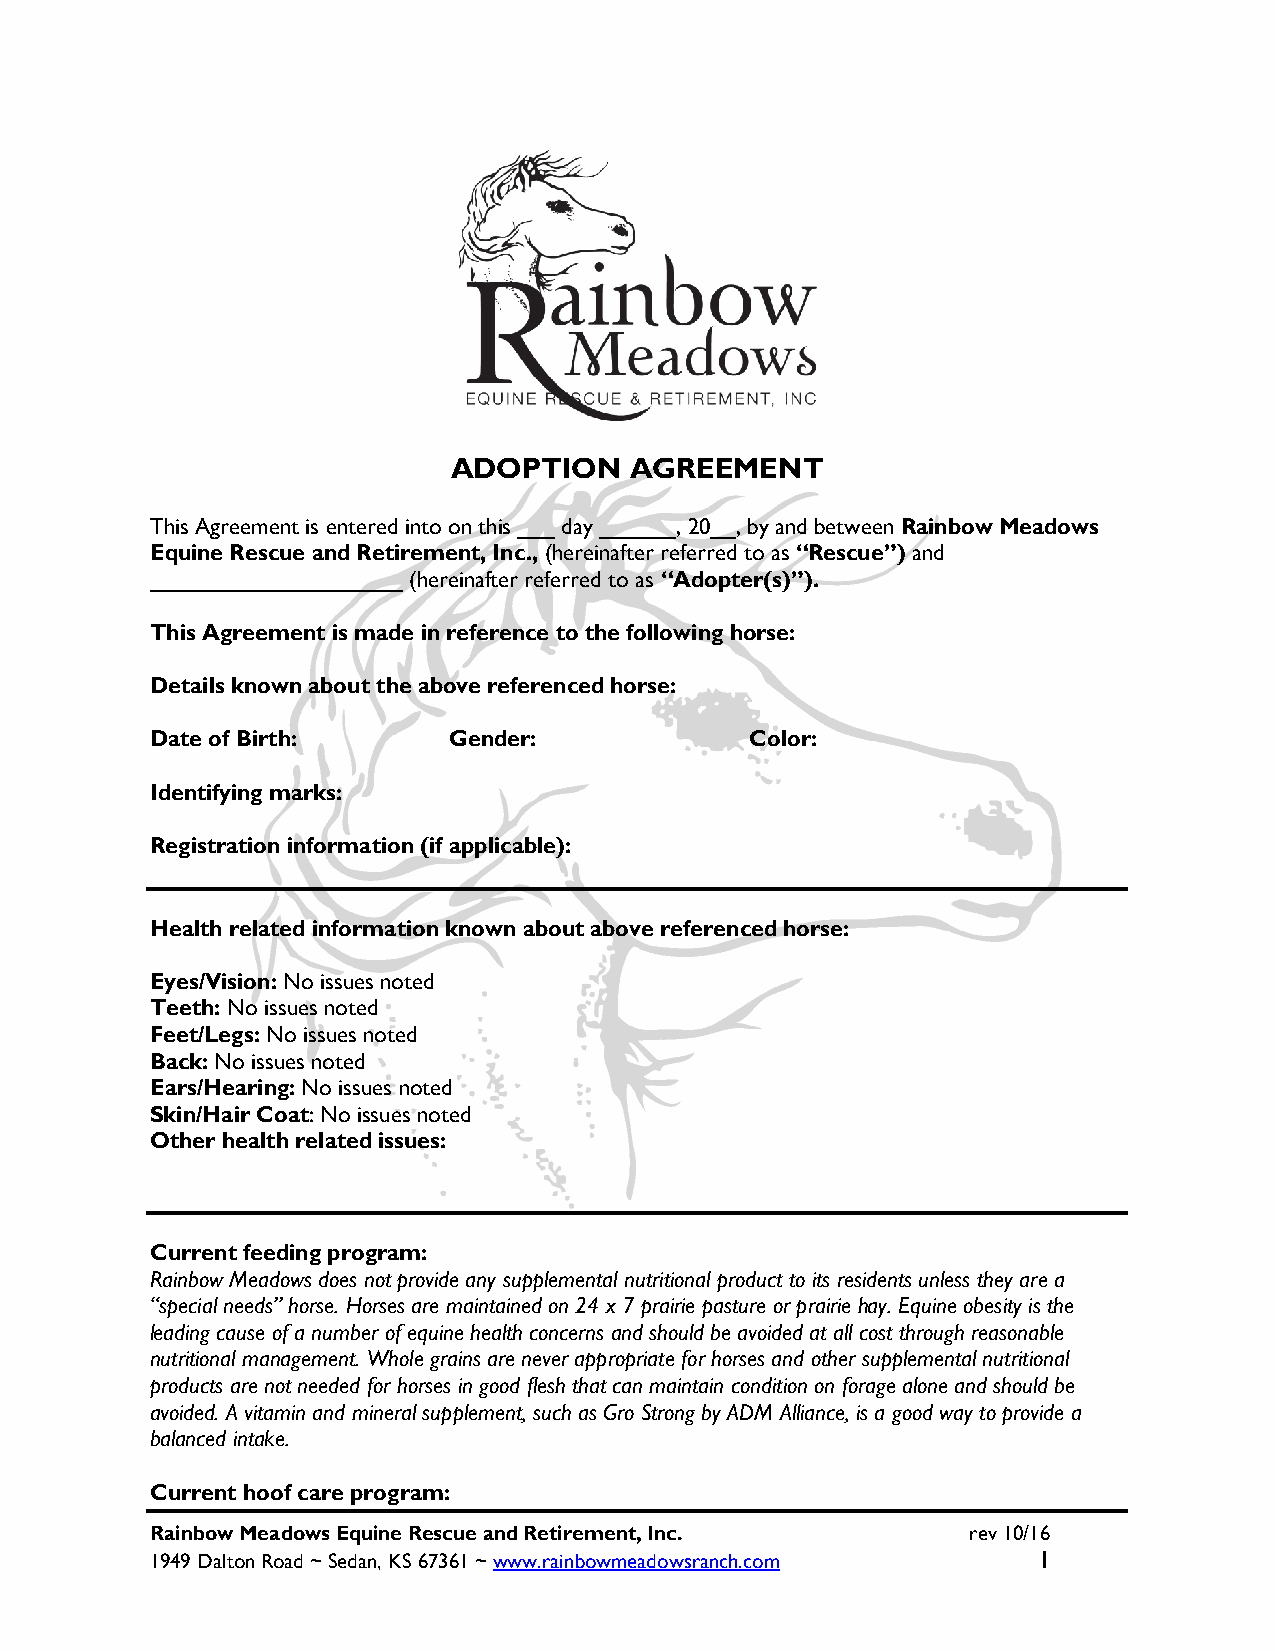
ADOPTION    AGREEMENT
 This Agreement is entered into on this ___ day ______, 20__, by and between Rainbow Meadows
 Equine Rescue and Retirement, Inc., (hereinafter referred to as “Rescue”) and
 ____________________ (hereinafter referred to as “Adopter(s)”).
 This Agreement is made in reference to the following horse:
 Details known about the above referenced horse:
 Date of Birth:      Gender:             Color:
 Identifying marks:
 Registration information (if applicable):
 Health related information known about above referenced horse:
 Eyes/Vision: No issues noted
 Teeth: No issues noted
 Feet/Legs: No issues noted
 Back: No issues noted
 Ears/Hearing: No issues noted
 Skin/Hair Coat: No issues noted
 Other health related issues:
 Current feeding program:
 Rainbow Meadows does not provide any supplemental nutritional product to its residents unless they are a
 “special needs” horse. Horses are maintained on 24 x 7 prairie pasture or prairie hay. Equine obesity is the
 leading cause of a number of equine health concerns and should be avoided at all cost through reasonable
 nutritional management. Whole grains are never appropriate for horses and other supplemental nutritional
 products are not needed for horses in good flesh that can maintain condition on forage alone and should be
 avoided. A vitamin and mineral supplement, such as Gro Strong by ADM Alliance, is a good way to provide a
 balanced intake.
 Current hoof care program:
 Rainbow Meadows Equine Rescue and Retirement, Inc.    rev 10/16
 1949 Dalton Road ~ Sedan, KS 67361 ~ www.rainbowmeadowsranch.com 1